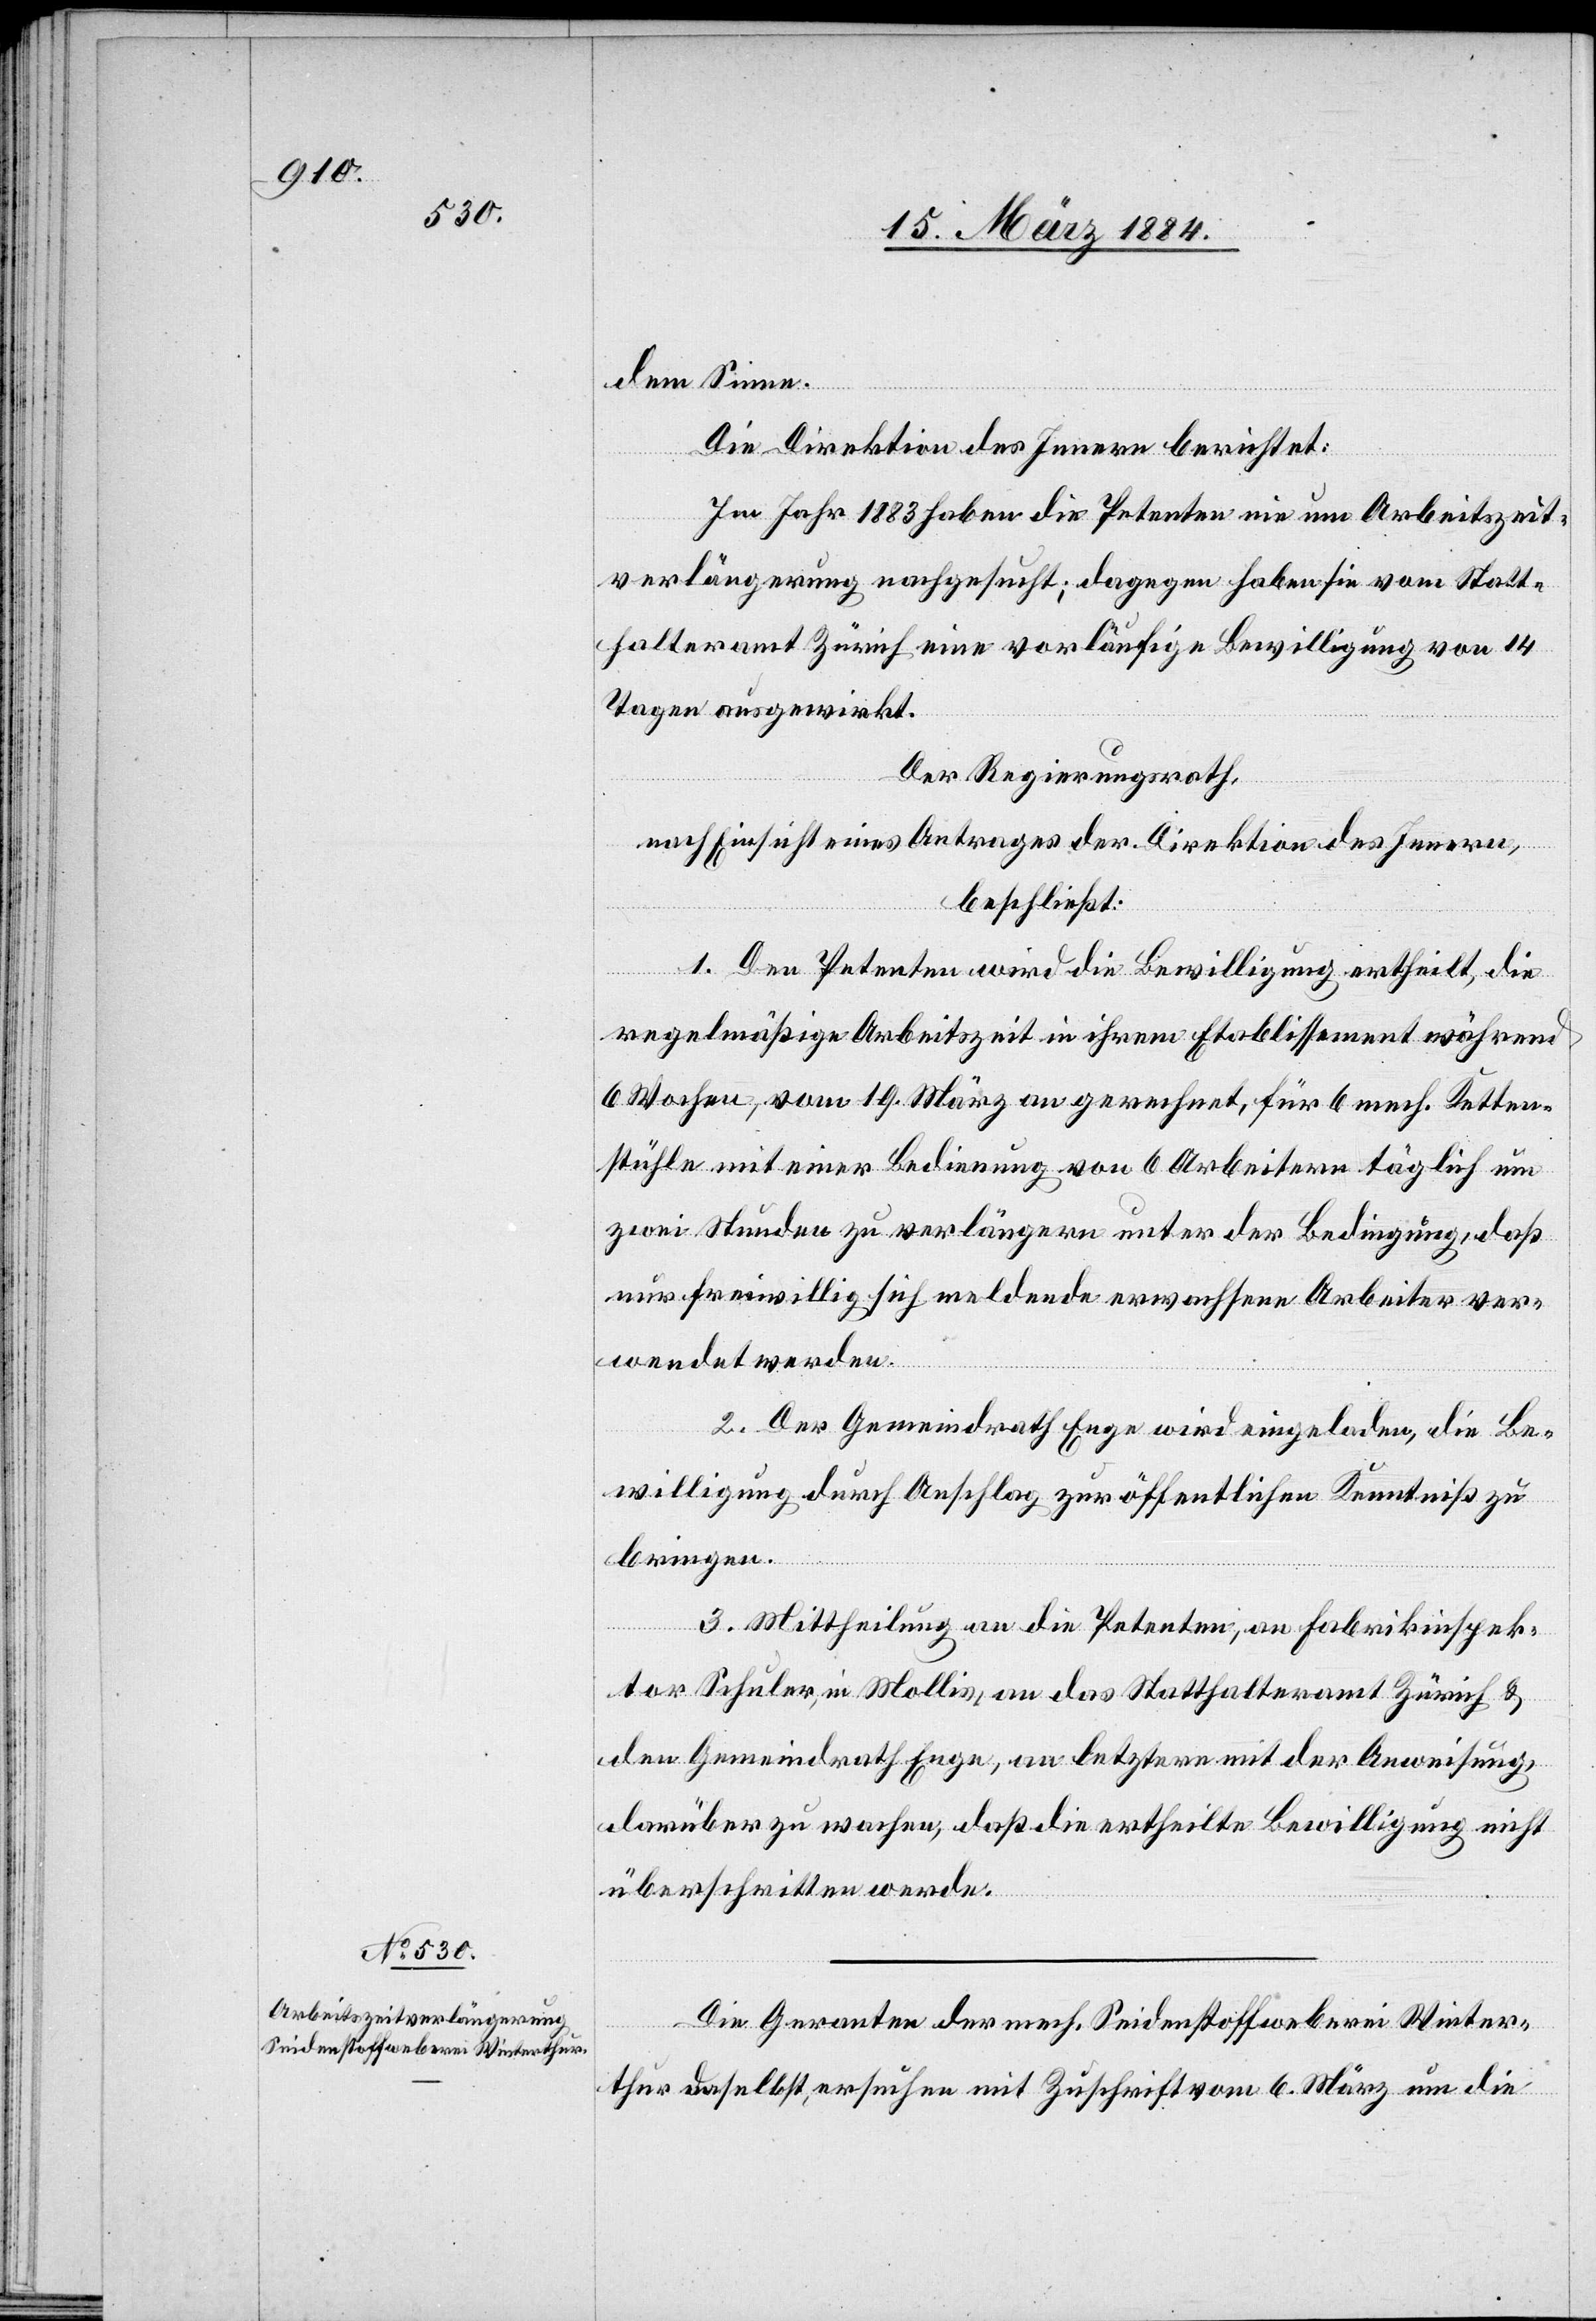
dem Sinne.
Die Direktion des Innern berichtet:
Im Jahr 1883 haben die Petenten nie um Arbeitszeit¬
verlängerung nachgesucht; dagegen haben sie vom Statt¬
halteramt Zürich eine vorläufige Bewilligung von 14
Tagen ausgewirkt.
Der Regierungsrath,
nach Einsicht eines Antrages der Direktion des Innern,
beschließt:
1. Den Petenten wird die Bewilligung ertheilt, die
regelmäßige Arbeitszeit in ihrem Etablissement während
6 Wochen, vom 19. März an gerechnet, für 6 mech. Ketten¬
stühle mit einer Bedienung von 6 Arbeitern täglich um
zwei Stunden zu verlängern unter der Bedingung, daß
nur freiwillig sich meldende erwachsene Arbeiter ver¬
wendet werden.
2. Der Gemeindrath Enge wird eingeladen, die Be¬
willigung durch Anschlag zur öffentlichen Kenntniß zu
bringen.
3. Mittheilung an die Petenten, an Fabrikinspek¬
tor Schuler, in Mollis, an das Statthalteramt Zürich &
den Gemeindrath Enge, an letztere mit der Anweisung,
darüber zu wachen, daß die ertheilte Bewilligung nicht
überschritten werde.
Die Garanten der mech. Seidenstoffweberei Winter¬
thur daselbst, ersuchen mit Zuschrift vom 6. März um die